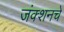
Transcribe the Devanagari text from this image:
जंक्शनचे